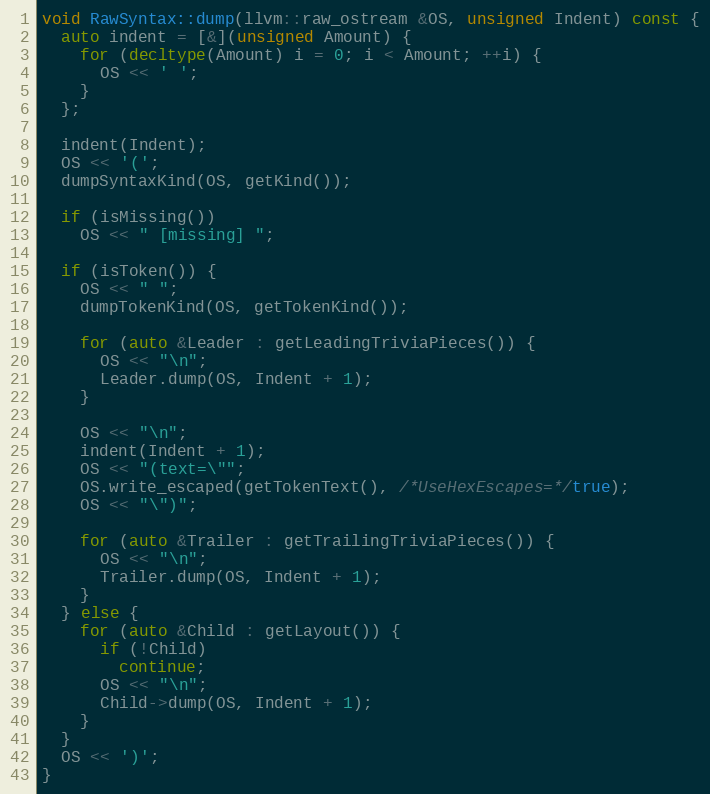
Language: C++
void RawSyntax::dump(llvm::raw_ostream &OS, unsigned Indent) const {
  auto indent = [&](unsigned Amount) {
    for (decltype(Amount) i = 0; i < Amount; ++i) {
      OS << ' ';
    }
  };

  indent(Indent);
  OS << '(';
  dumpSyntaxKind(OS, getKind());

  if (isMissing())
    OS << " [missing] ";

  if (isToken()) {
    OS << " ";
    dumpTokenKind(OS, getTokenKind());

    for (auto &Leader : getLeadingTriviaPieces()) {
      OS << "\n";
      Leader.dump(OS, Indent + 1);
    }

    OS << "\n";
    indent(Indent + 1);
    OS << "(text=\"";
    OS.write_escaped(getTokenText(), /*UseHexEscapes=*/true);
    OS << "\")";

    for (auto &Trailer : getTrailingTriviaPieces()) {
      OS << "\n";
      Trailer.dump(OS, Indent + 1);
    }
  } else {
    for (auto &Child : getLayout()) {
      if (!Child)
        continue;
      OS << "\n";
      Child->dump(OS, Indent + 1);
    }
  }
  OS << ')';
}